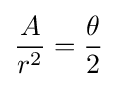
{\frac {A}{r^{2}}}={\frac {\theta }{2}}